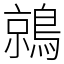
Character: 鶁